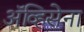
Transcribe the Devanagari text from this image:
ॲव्हिसेना